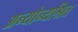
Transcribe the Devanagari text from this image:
अन्योन्यश्रित